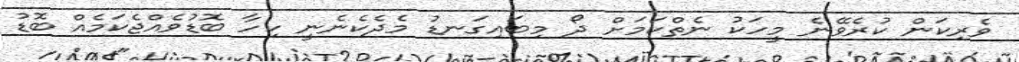
ވެރިކަން ކުރެވޭނެ މީހަކު ނެތްކަމަށް ދޯ މިބައިގަނޑު މެދެކެނެނީ ކިހާ ބޮޑުވެއްޖެކަމެއް ބޮޑު